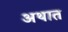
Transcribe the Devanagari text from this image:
अथात